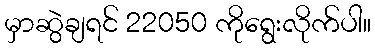
မှာဆွဲချရင် 22050 ကိုရွေးလိုက်ပါ။